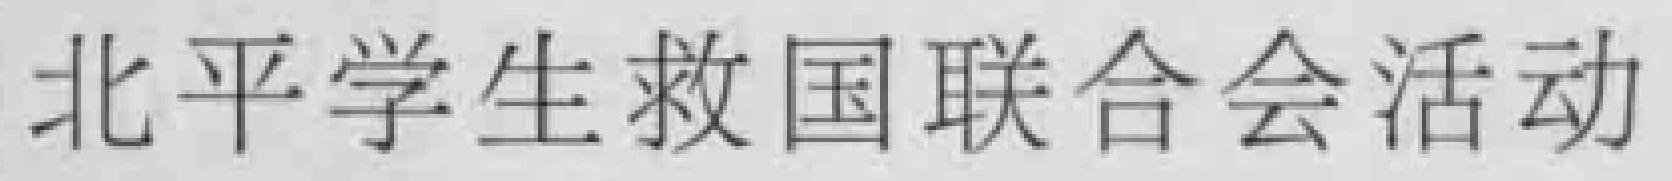
北平学生救国联合会活动